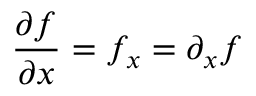
{ \frac { \partial f } { \partial x } } = f _ { x } = \partial _ { x } f